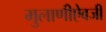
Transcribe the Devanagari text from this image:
मुलाणीऐवजी